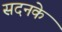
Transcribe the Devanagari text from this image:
सदनके